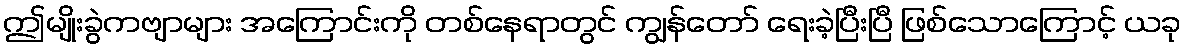
ဤမျိုးခွဲကဗျာများ အကြောင်းကို တစ်နေရာတွင် ကျွန်တော် ရေးခဲ့ပြီးပြီ ဖြစ်သောကြောင့် ယခု